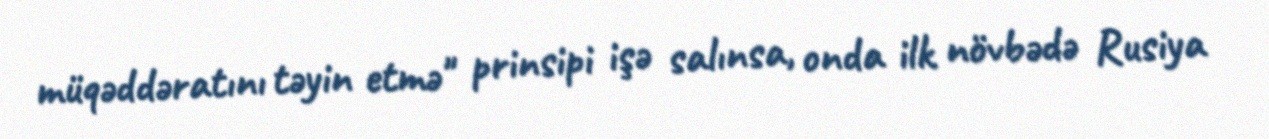
müqəddəratını təyin etmə" prinsipi işə salınsa, onda ilk növbədə Rusiya